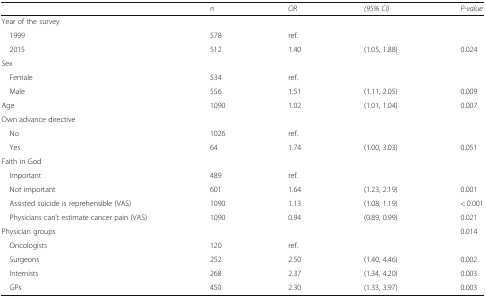
<table><thead><tr><td></td><td><b><i>n</i></b></td><td><b><i>OR</i></b></td><td><b><i>(95% CI)</i></b></td><td><b><i>P-value</i></b></td></tr></thead><tbody><tr><td colspan="5">Year of the survey</td></tr><tr><td> 1999</td><td>578</td><td>ref.</td><td></td><td></td></tr><tr><td> 2015</td><td>512</td><td>1.40</td><td>(1.05, 1.88)</td><td>0.024</td></tr><tr><td colspan="5">Sex</td></tr><tr><td> Female</td><td>534</td><td>ref.</td><td></td><td></td></tr><tr><td> Male</td><td>556</td><td>1.51</td><td>(1.11, 2.05)</td><td>0.009</td></tr><tr><td>Age</td><td>1090</td><td>1.02</td><td>(1.01, 1.04)</td><td>0.007</td></tr><tr><td colspan="5">Own advance directive</td></tr><tr><td> No</td><td>1026</td><td>ref.</td><td></td><td></td></tr><tr><td> Yes</td><td>64</td><td>1.74</td><td>(1.00, 3.03)</td><td>0.051</td></tr><tr><td colspan="5">Faith in God</td></tr><tr><td> Important</td><td>489</td><td>ref.</td><td></td><td></td></tr><tr><td> Not important</td><td>601</td><td>1.64</td><td>(1.23, 2.19)</td><td>0.001</td></tr><tr><td> Assisted suicide is reprehensible (VAS)</td><td>1090</td><td>1.13</td><td>(1.08, 1.19)</td><td>&lt; 0.001</td></tr><tr><td> Physicians can’t estimate cancer pain (VAS)</td><td>1090</td><td>0.94</td><td>(0.89, 0.99)</td><td>0.021</td></tr><tr><td>Physician groups</td><td></td><td></td><td></td><td>0.014</td></tr><tr><td> Oncologists</td><td>120</td><td>ref.</td><td></td><td></td></tr><tr><td> Surgeons</td><td>252</td><td>2.50</td><td>(1.40, 4.46)</td><td>0.002</td></tr><tr><td> Internists</td><td>268</td><td>2.37</td><td>(1.34, 4.20)</td><td>0.003</td></tr><tr><td> GPs</td><td>450</td><td>2.30</td><td>(1.33, 3.97)</td><td>0.003</td></tr></tbody></table>